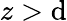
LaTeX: z>\mathrm{d}